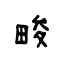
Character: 畯